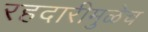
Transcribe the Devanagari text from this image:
रहदारीमुळेच